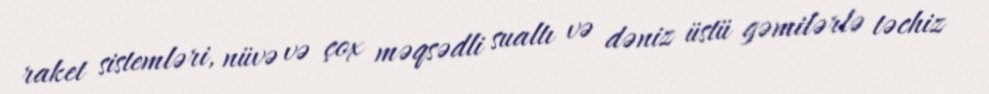
raket sistemləri, nüvə və çox məqsədli sualtı və dəniz üstü gəmilərlə təchiz